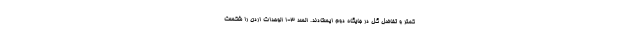
کمتر و تفاضل گل در جایگاه دوم ایستادند. السد 3-1 الوحدات اردن را شکست